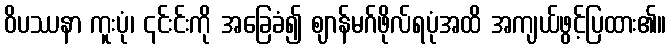
ဝိပဿနာ ကူးပုံ၊ ၎င်းင်းကို အခြေခံ၍ ဈာန်မဂ်ဖိုလ်ရပုံအထိ အကျယ်ဖွင့်ပြထား၏။